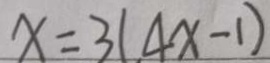
x = 3 ( 4 x - 1 )